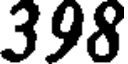
398